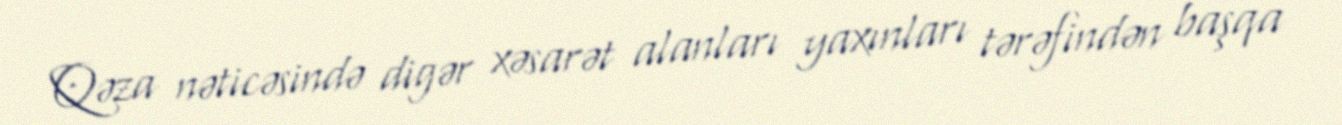
Qəza nəticəsində digər xəsarət alanları yaxınları tərəfindən başqa